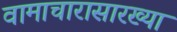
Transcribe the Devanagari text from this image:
वामाचारासारख्या